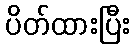
ပိတ်ထားပြီး